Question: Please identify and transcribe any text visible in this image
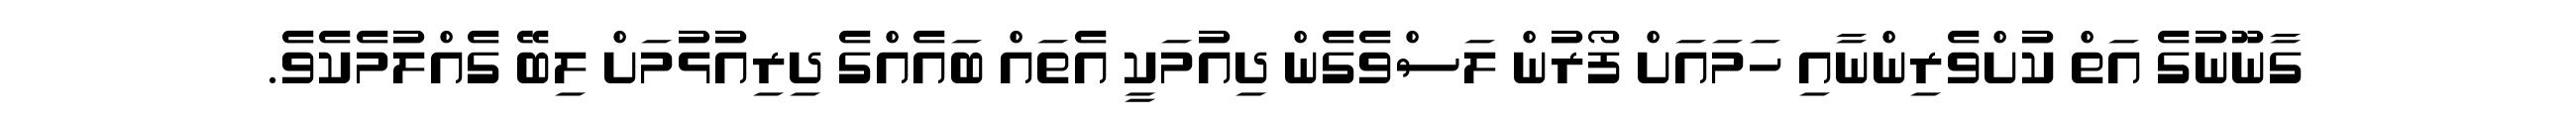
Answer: ގާނޫނުގެ އަތް ކުށްވެރިންނާއި ހަމައަށް ފޯރުން ލަސްވެގެން ދިއުމަކީ އެތައް ބައެއްގެ ދިރިއުޅުމަށް ލިބޭ ގެއްލުމެކެވެ.